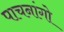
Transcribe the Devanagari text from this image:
पाचनांगो